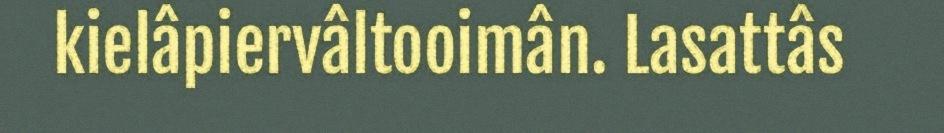
kielâpiervâltooimân. Lasattâs